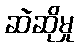
ဆဲဆိုမှု